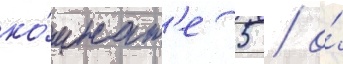
ко́мнат'е 5 / о́